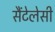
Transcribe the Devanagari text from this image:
सैंटेलेसी